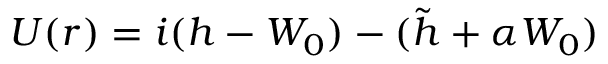
U ( r ) = i ( h - W _ { 0 } ) - ( \tilde { h } + \alpha W _ { 0 } )